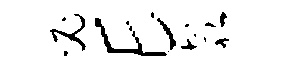
必E欹